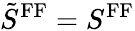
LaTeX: \tilde{S}^{\mathrm{FF}}=S^{\mathrm{FF}}